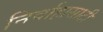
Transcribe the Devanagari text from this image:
निर्वाहासाठी